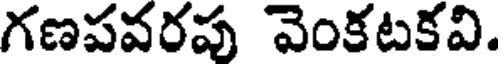
గణపవరపు వెంకటకవి.